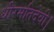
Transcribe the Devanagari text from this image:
धीरमतिदेवी।